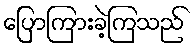
ပြောကြားခဲ့ကြသည်